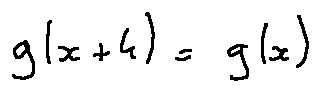
g ( x + 4 ) = g ( x )